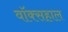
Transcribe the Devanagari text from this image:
वॉक्सहाल